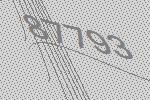
87793